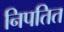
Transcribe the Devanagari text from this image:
निपतित